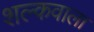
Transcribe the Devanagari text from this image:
शल्कवाला